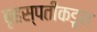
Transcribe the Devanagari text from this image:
बृहस्पतीकडून